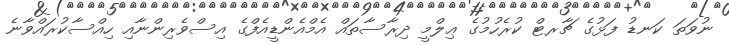
ނުވަތަ ކަނޑު ފަޅުގެ ޗާރޓް ކުރެހުމުގެ ޢިލްމީ ދިރާސާތައް އެމްއެންޑީއެފްގެ އިސްވެރިންނާއި ހިއްސާކުރައްވާނެ